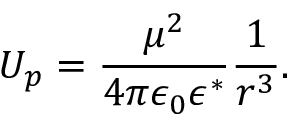
U _ { p } = \frac { \mu ^ { 2 } } { 4 \pi \epsilon _ { 0 } \epsilon ^ { * } } \frac { 1 } { r ^ { 3 } } .